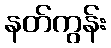
နတ်ကွန်း